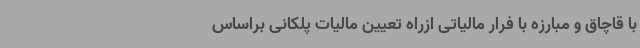
با قاچاق و مبارزه با فرار مالیاتی ازراه تعیین مالیات پلکانی براساس